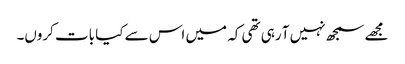
مجھے سمجھ نہیں آ رہی تھی کہ میں اس سے کیا بات کروں۔